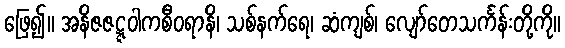
ဖြေ၍။ အနိဇဇဋ္ဋဝါကစီဝရာနိ၊ သစ်နက်ရေ၊ ဆံကျစ်၊ လျော်တေသင်္ကန်းတို့ကို။